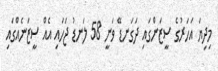
މިދިޔަ އަހަރުގެ ސީޒަންގައި ދަގަނޑޭ ވަނީ 58 ލަނޑު ޖަހައި އެއް ސީޒަނެއްގައި